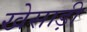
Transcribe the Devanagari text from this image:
खेसाड़ी